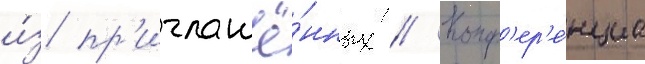
и́з пр'иглашё́нных // Конф'ер'е́нциа